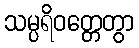
သမ္ပရိဝတ္တေတွာ